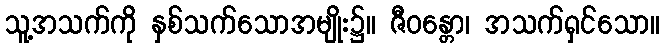
သူ့အသက်ကို နှစ်သက်သောအမျိုး၌။ ဇီဝန္တော၊ အသက်ရှင်သော။